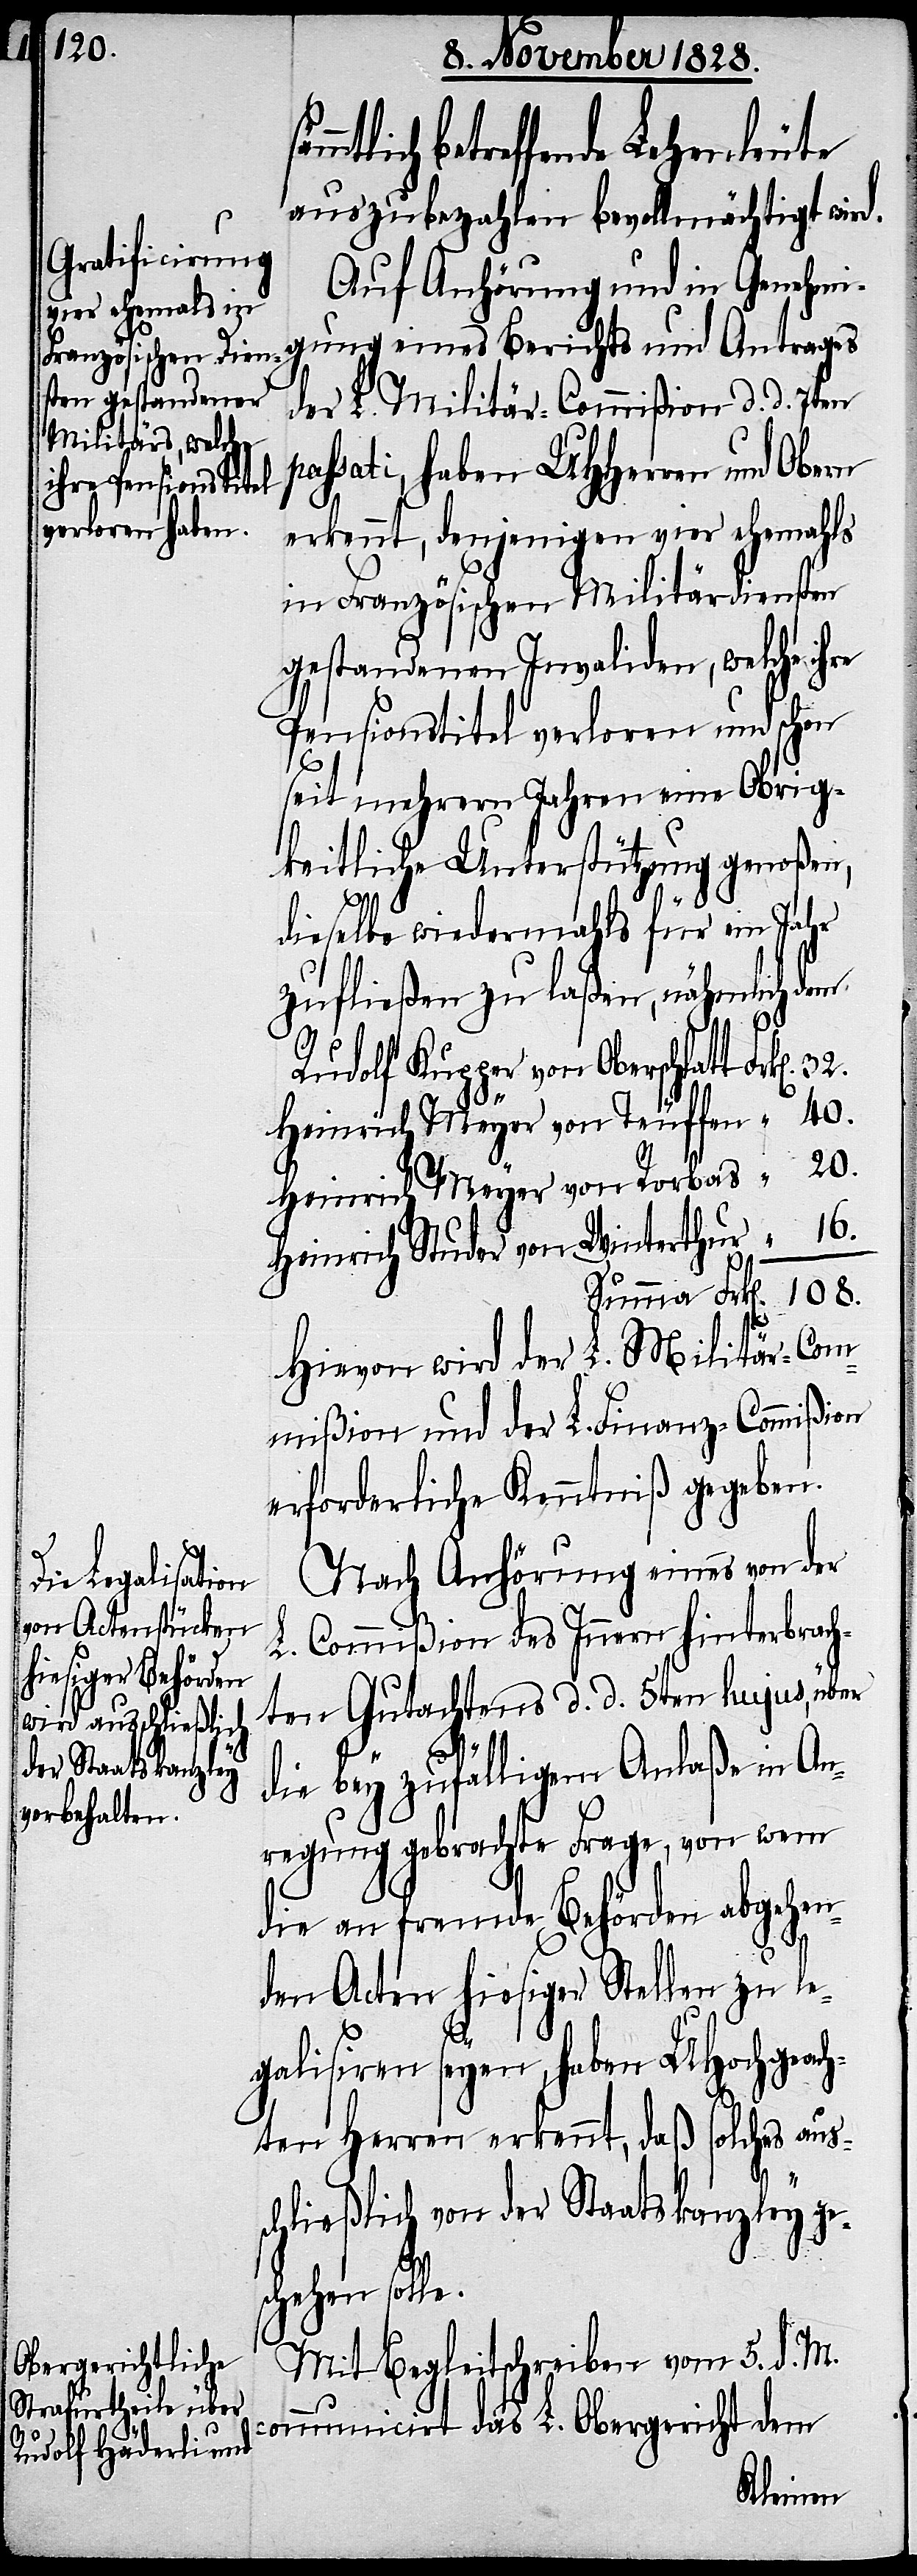
“

betreffende Lehenleute
auszubezahlen bevollmächtigt wird.
Auf Anhörung und in Genehmi¬
gung eines Berichts und Antrages
der L. Militär-Commißion d. d. 7ten
assati, haben UHHerren und Obern
erkennt, denjenigen vier ehemahls
in Französischen Militärdiensten
gestandenen Invaliden, welche
Pensionstitel verloren und schon
seit mehrern Jahren eine Obrig¬
keitliche Unterstützung genoßen,
dieselbe wiedermahls für ein Jahr
zufließen zu laßen, nähmlich dem
Rudolf Kupper von Oberschlatt
Heinrich Meyer von Teuffen
Heinrich Meyer von Rorbas
Heinrich Studer von Winterthur
Hievon wird der L. Militär-Com¬
mißion und der L. Finanz-Commißion
erforderliche Kenntniß gegeben.
Nach Anhörung eines von der
L. Commißion des Innern hinterbrach¬
ten Gutachtens d. d. 5ten hujus, über
die bey zufälligem Anlaße in An¬
regung gebrachte Frage, von wem
die an fremde Behörden abgehen¬
den Acten hiesiger Stellen zu le¬
p¬
galisiren seyen, haben UHochgeach¬
ten Herren erkennt, daß solches aus¬
40.
schließlich von der Staatskanzley ge¬
schehen solle.
Mit Begleitschreiben vom 5. d. M.
communicirt das L. Obergericht dem